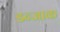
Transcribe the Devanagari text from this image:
डन्जाक